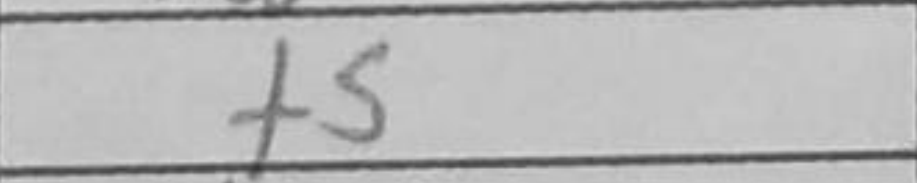
Transcription: f5